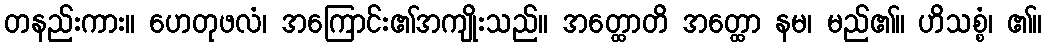
တနည်းကား။ ဟေတုဖလံ၊ အကြောင်း၏အကျိုးသည်။ အတ္ထောတိ အတ္ထော နမ၊ မည်၏။ ဟိသစ္စံ၊ ၏။